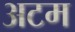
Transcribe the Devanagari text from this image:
अटम